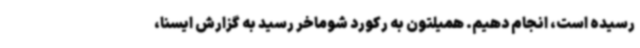
رسیده است، انجام دهیم. همیلتون به رکورد شوماخر رسید به گزارش ایسنا،